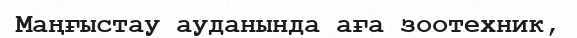
Маңғыстау ауданында аға зоотехник,